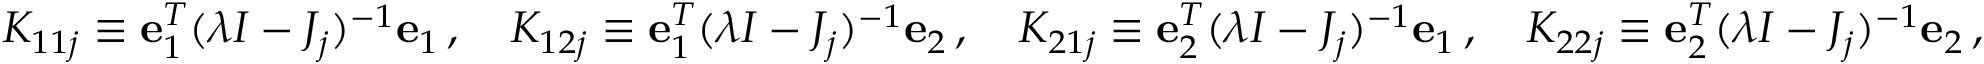
K _ { 1 1 j } \equiv { \bf e } _ { 1 } ^ { T } ( \lambda I - J _ { j } ) ^ { - 1 } { \bf e } _ { 1 } \, , \quad K _ { 1 2 j } \equiv { \bf e } _ { 1 } ^ { T } ( \lambda I - J _ { j } ) ^ { - 1 } { \bf e } _ { 2 } \, , \quad K _ { 2 1 j } \equiv { \bf e } _ { 2 } ^ { T } ( \lambda I - J _ { j } ) ^ { - 1 } { \bf e } _ { 1 } \, , \quad K _ { 2 2 j } \equiv { \bf e } _ { 2 } ^ { T } ( \lambda I - J _ { j } ) ^ { - 1 } { \bf e } _ { 2 } \, ,